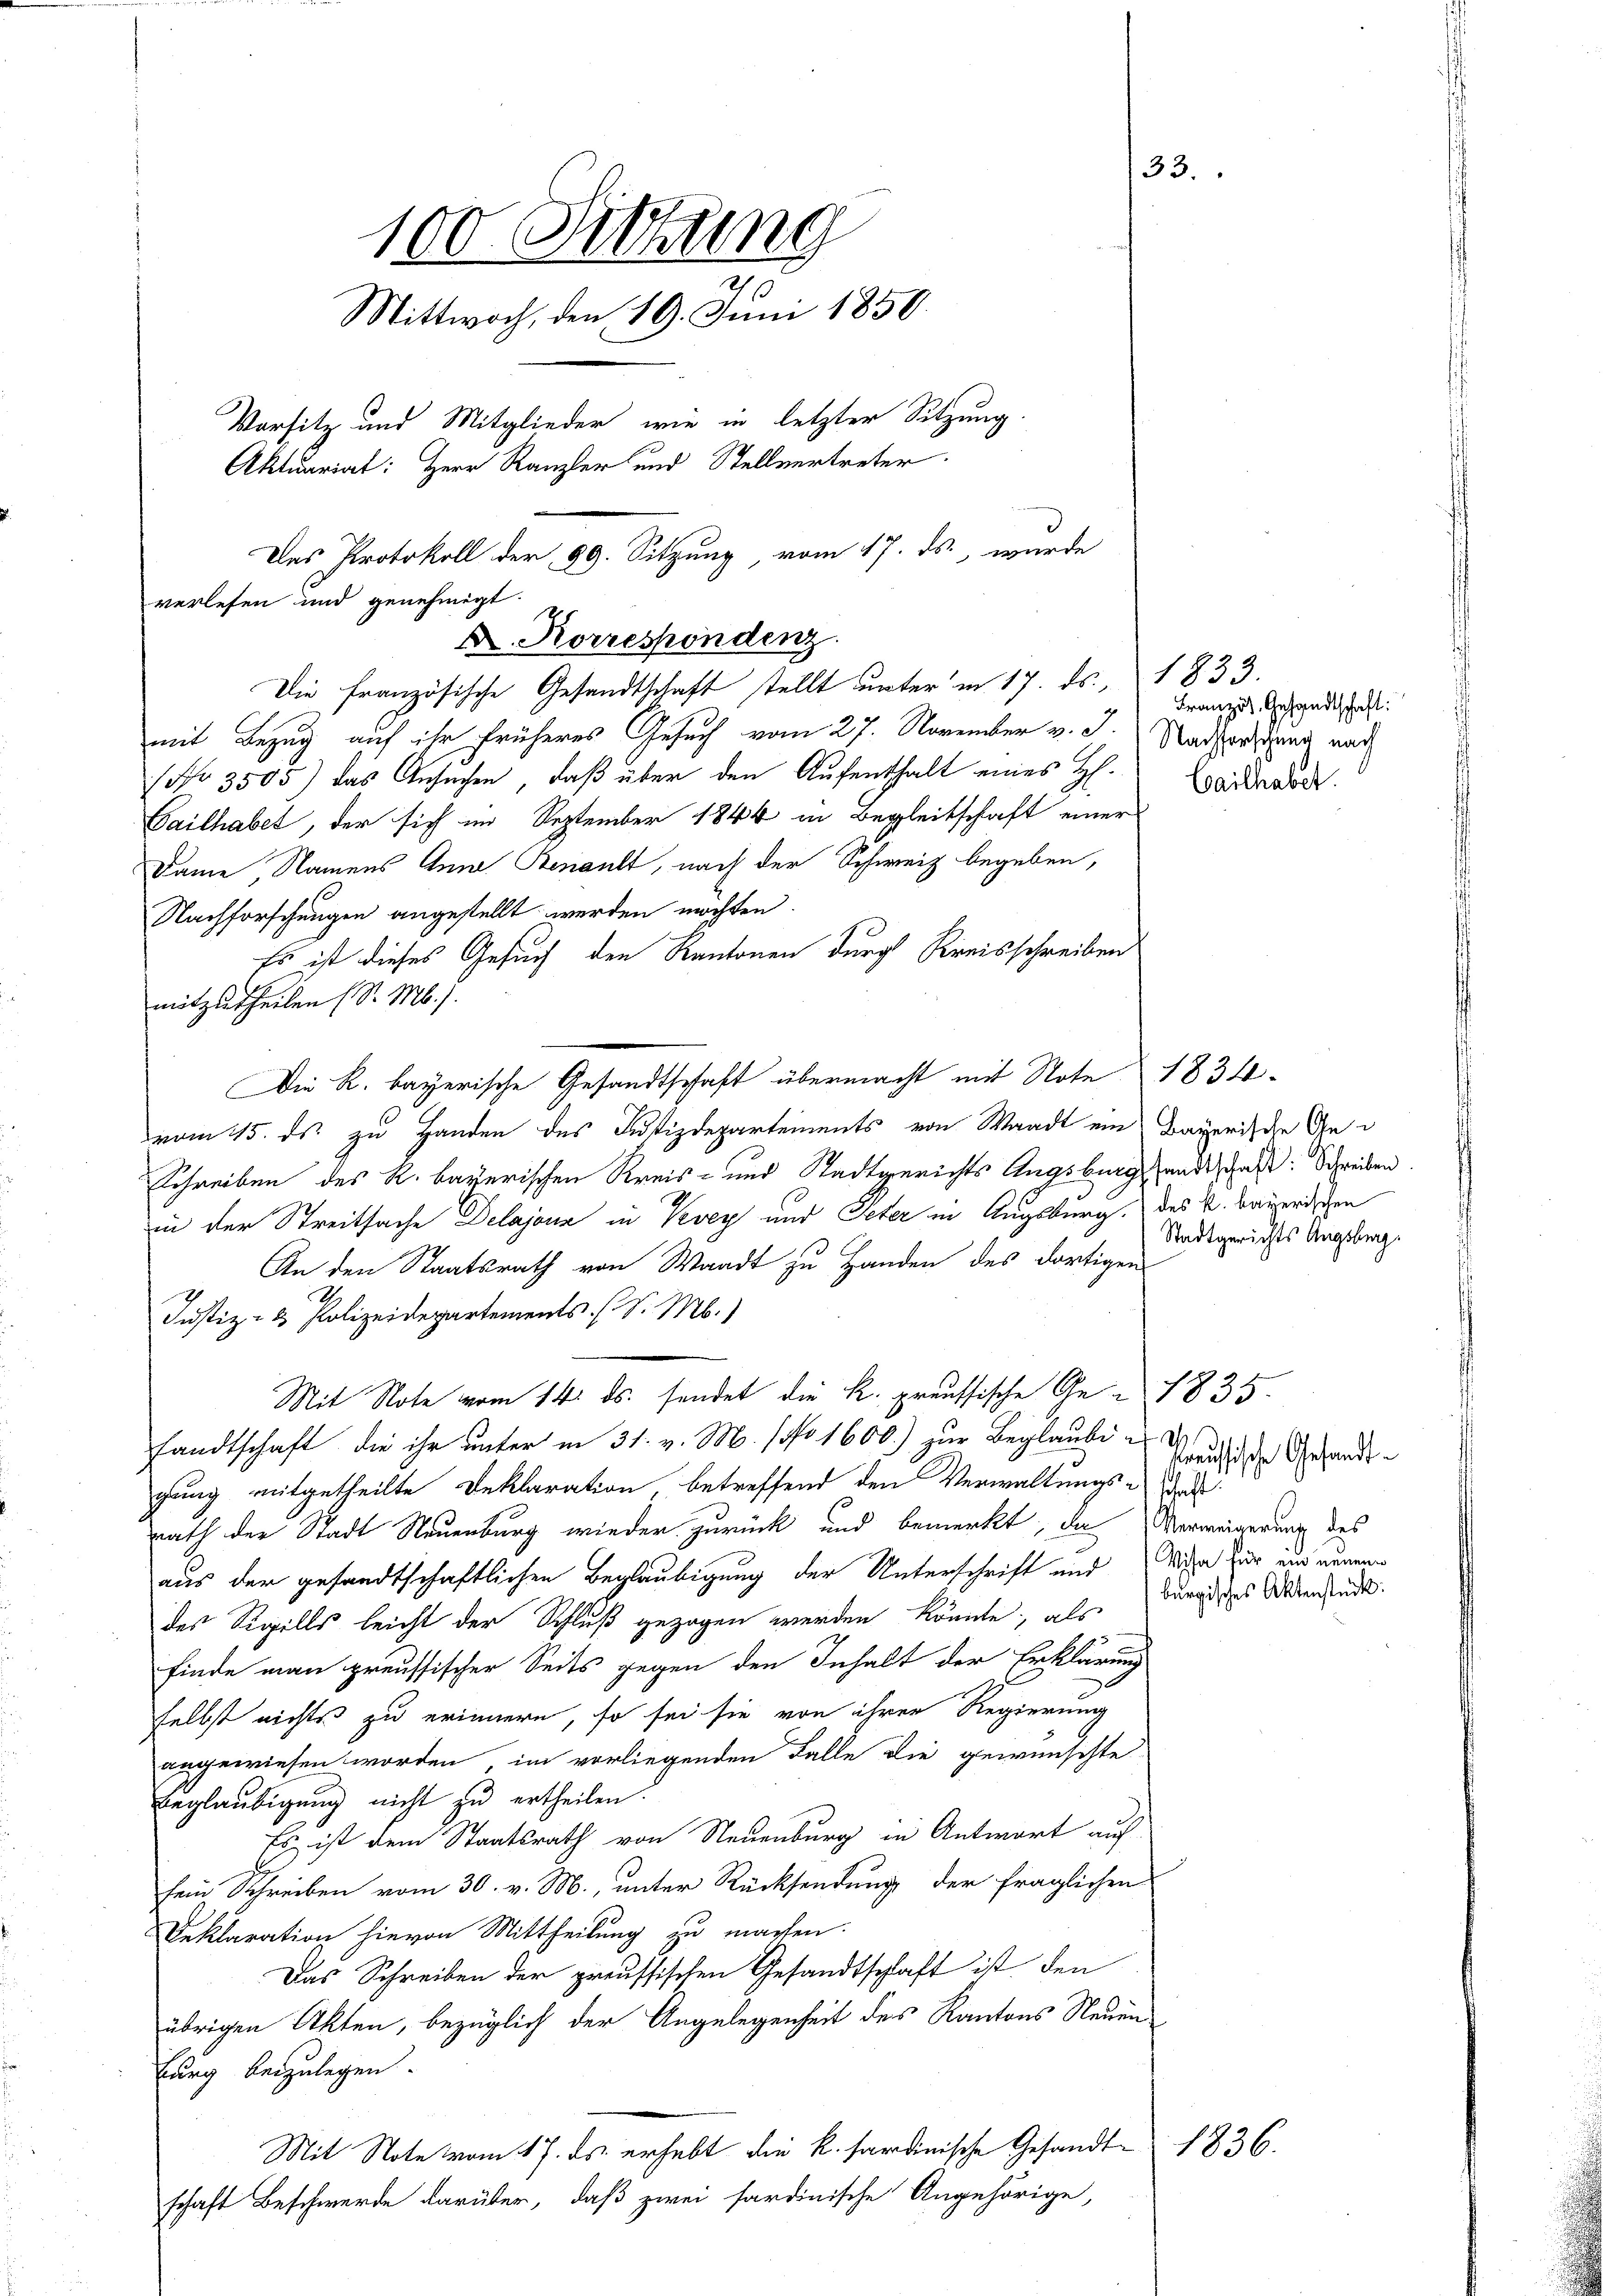
33.
100. Sitzung
Mittwoch, den 19. Juni 1850.
Vorsitz und Mitglieder, wie in letzter Sitzung
Aktuariat: Herr Kanzler und Stellvertreter.
Das Protokoll der 99. Sitzung, vom 17. ds., wurde

verlesen und genehmigt.
D. Korrespondenz
Die französische Gesandtschaft stellt unter in 17. ds. 1833.
mit Bezug auf ihr früheres Gesuch vom 27. November v. J. Radkerstand nach
(No 3505) das Ansuchen, daß über den Aufenthalt eines H. Leiderrod

Cailhabet, der sich im September 1844 in Begleitschaft einer
Dame Namens Anna Benant, nach der Schweiz begeben,
Nachforschungen angestellt werden möchten.
Es ist dieses Gesuch den Kantonen durch Kreisschreiben
mitzutheilen (S. M. h.
Die R. bayerische Gesandtschaft übermacht mit Note 1834.
vom 15. ds. zu Handen des Justizdepartements von Waadt ein Bayerische Ge¬
Schreiben des R. bayerischen Kreis- und Stadtgerichts Augsburg sandtschaft: Schreiben
in der Streitsache Delajona in Vevey und Peter in Augsburg, des K. Bayerischen
An den Staatsrath von Waadt zu Handen des dortigen
Justiz- & Polizeidepartements (S. M.)
Mit Note vom 14. ds. sendet die K. preussische Ge- 1835.
sandtschaft, die ihr unter in 31. v. M. (No 1600.) zur Beglauben d
gung mitgetheilte Deklaration, betreffend den Verwaltungs-D
rath der Stadt Neuenburg wieder zurück und bemerkt, da   Verweigerung des
aus der gesandtschaftlichen Beglaubigung der Unterschrift und Riga für und nennen
des Sigills leicht der Schluß gezogen werden könnte, als
finde man preussischer Seits gegen den Inhalt der Erklärung
selbst nichts zu erinnern, so sei sie von ihren Regierung
angewiesen worden, im vorliegenden Falle die gewünschte
Beglaubigung nicht zu ertheilen.
Es ist dem Staatsrath von Neuenburg in Antwort auf
sein Schreiben vom 30. v. M., unter Rücksendung der fraglichen
Deklaration hievon Mittheilung zu machen.
Das Schreiben der preussischen Gesandtschaft ist den
übrigen Akten, bezüglich der Angelegenheit des Kantons Neuen
burg beizulegen.
Mit Note vom 17. ds. erhebt die k. hardinische Gesandtschaft Beschwerde darüber, daß zwei sardinische Angehörige,

Französ. Gesandtschaft:

Stadtgerichts Augsberg.

kreussische Gesandtburgisches Aktenstück:

1836.